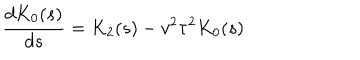
\frac { d K _ { 0 } ( s ) } { d s } = K _ { 2 } ( s ) - v ^ { 2 } \tau ^ { 2 } K _ { 0 } ( s )